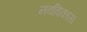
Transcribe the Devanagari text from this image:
नवविकास